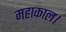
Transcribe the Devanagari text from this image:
महाकाल।